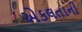
એકલતાની